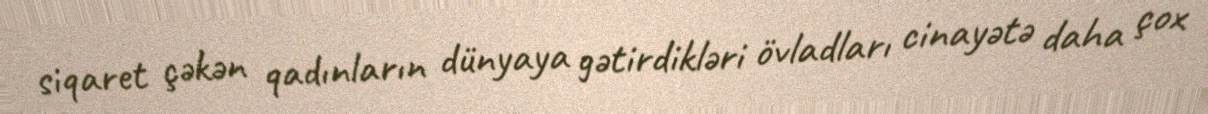
siqaret çəkən qadınların dünyaya gətirdikləri övladları cinayətə daha çox